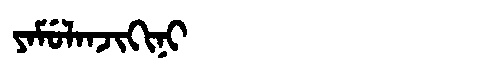
Manchu: ᠶᠠᠮᡠᠯᠠᠨᠵᡳᡴᡳᠨᡳ
Romanization: YAMULANJIKINI